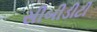
સીબીડીટી